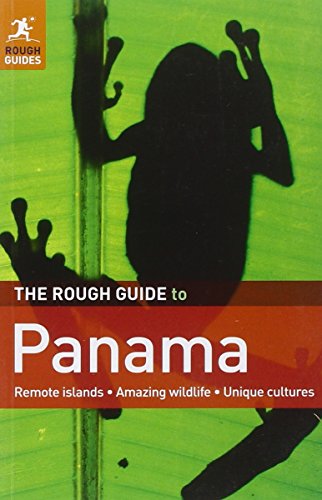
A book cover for The Rough Guide to Panama; Sara Humphreys; Travel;